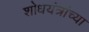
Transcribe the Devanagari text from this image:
शोधयंत्रांच्या